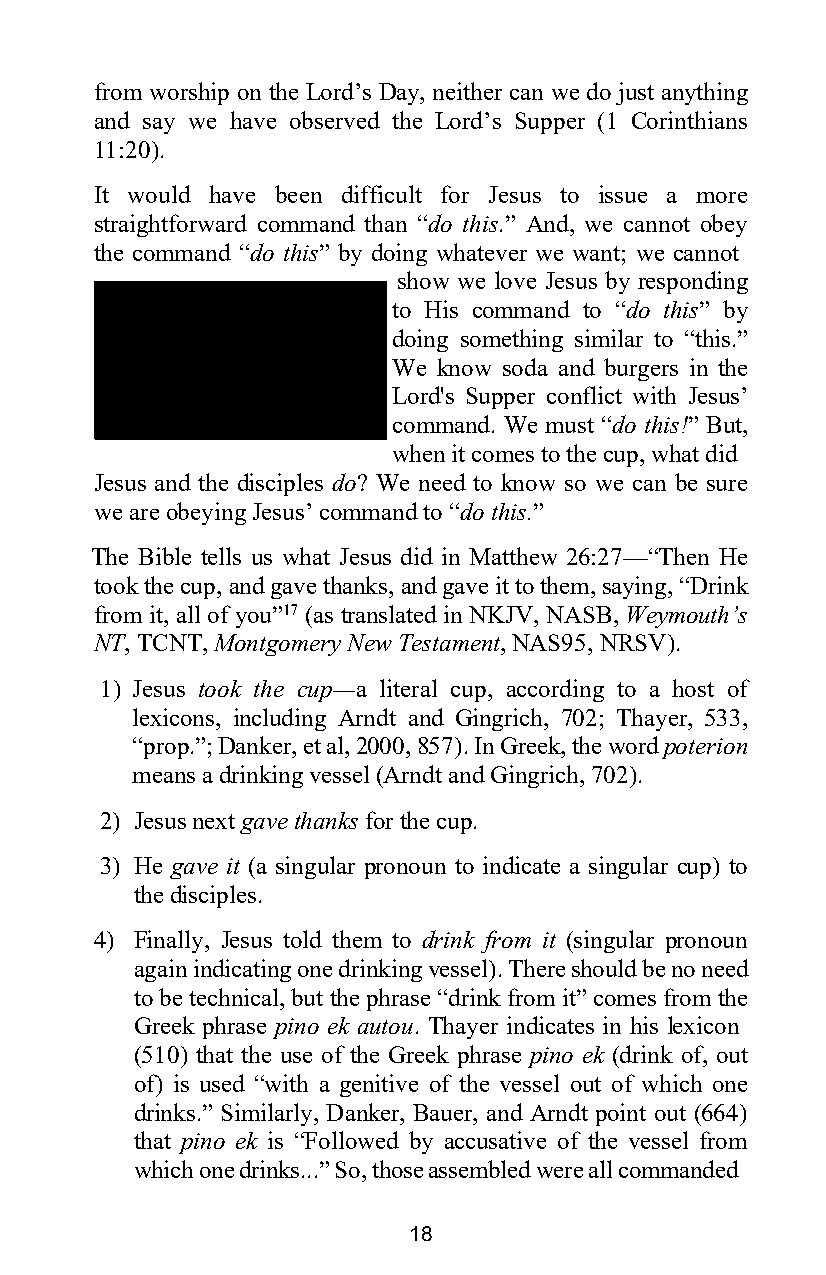
from worship on the Lord’s Day, neither can we do just anything
 and say we have observed the Lord’s Supper (1 Corinthians
 11:20).
 It would have been difficult for Jesus to issue a more
 straightforward command than “do this.” And, we cannot obey
 the command “do this” by doing whatever we want; we cannot
 show we love Jesus by responding
 to His command to “do this” by
 doing something similar to “this.”
 We know soda and burgers in the
 Lord's Supper conflict with Jesus’
 command. We must “do this!” But,
 when it comes to the cup, what did
 Jesus and the disciples do? We need to know so we can be sure
 we are obeying Jesus’ command to “do this.”
 The Bible tells us what Jesus did in Matthew 26:27—“Then He
 took the cup, and gave thanks, and gave it to them, saying, “Drink
 from it, all of you”17 (as translated in NKJV, NASB, Weymouth’s
 NT, TCNT, Montgomery New Testament, NAS95, NRSV).
 1) Jesus took the cup—a literal cup, according to a host of
 lexicons, including Arndt and Gingrich, 702; Thayer, 533,
 “prop.”; Danker, et al, 2000, 857). In Greek, the word poterion
 means a drinking vessel (Arndt and Gingrich, 702).
 2) Jesus next gave thanks for the cup.
 3) He gave it (a singular pronoun to indicate a singular cup) to
 the disciples.
 4) Finally, Jesus told them to drink from it (singular pronoun
 again indicating one drinking vessel). There should be no need
 to be technical, but the phrase “drink from it” comes from the
 Greek phrase pino ek autou. Thayer indicates in his lexicon
 (510) that the use of the Greek phrase pino ek (drink of, out
 of) is used “with a genitive of the vessel out of which one
 drinks.” Similarly, Danker, Bauer, and Arndt point out (664)
 that pino ek is “Followed by accusative of the vessel from
 which one drinks...” So, those assembled were all commanded
 18